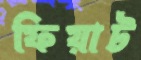
ফিয়াট